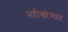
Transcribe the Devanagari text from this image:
नदीखोर्‍यात